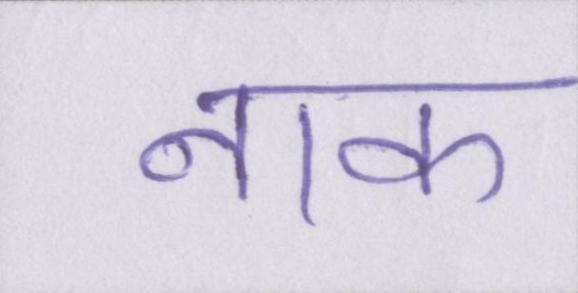
नाक